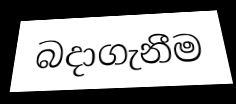
බදාගැනීම